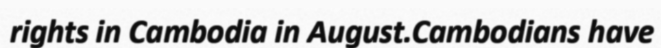
rights in Cambodia in August.Cambodians have